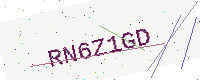
Text: RN6Z1GD